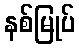
နစ်မြုပ်